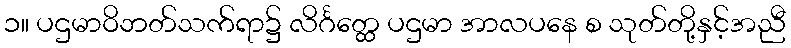
၁။ ပဌမာဝိဘတ်သက်ရာ၌ လိင်္ဂတ္ထေ ပဌမာ အာလပနေ စ သုတ်တို့နှင့်အညီ